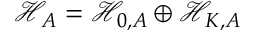
\mathcal { H } _ { A } = \mathcal { H } _ { 0 , A } \oplus \mathcal { H } _ { K , A }